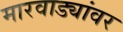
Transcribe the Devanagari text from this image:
मारवाड्यांवर